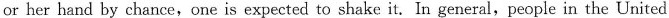
or her hand by chance,one is expected to shake it. In general,people in the United